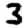
Digit: 3